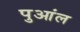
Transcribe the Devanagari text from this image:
पुआंल